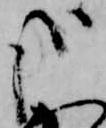
哉